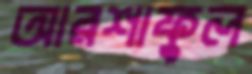
আরশাফুল